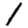
Digit: 1